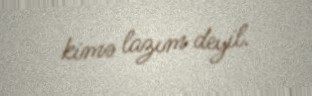
kimə lazım deyil.